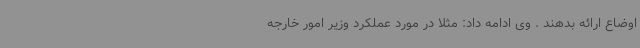
اوضاع ارائه بدهند . وی ادامه داد: مثلا در مورد عملکرد وزیر امور خارجه